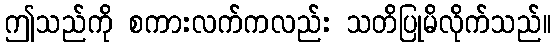
ဤသည်ကို စကားလက်ကလည်း သတိပြုမိလိုက်သည်။